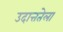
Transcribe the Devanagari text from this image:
उदात्ततेला